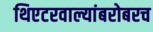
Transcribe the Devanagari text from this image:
थिएटरवाल्यांबरोबरच